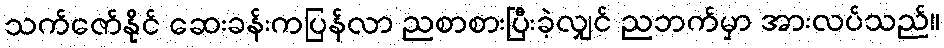
သက်ဇော်နိုင် ဆေးခန်းကပြန်လာ ညစာစားပြီးခဲ့လျှင် ညဘက်မှာ အားလပ်သည်။